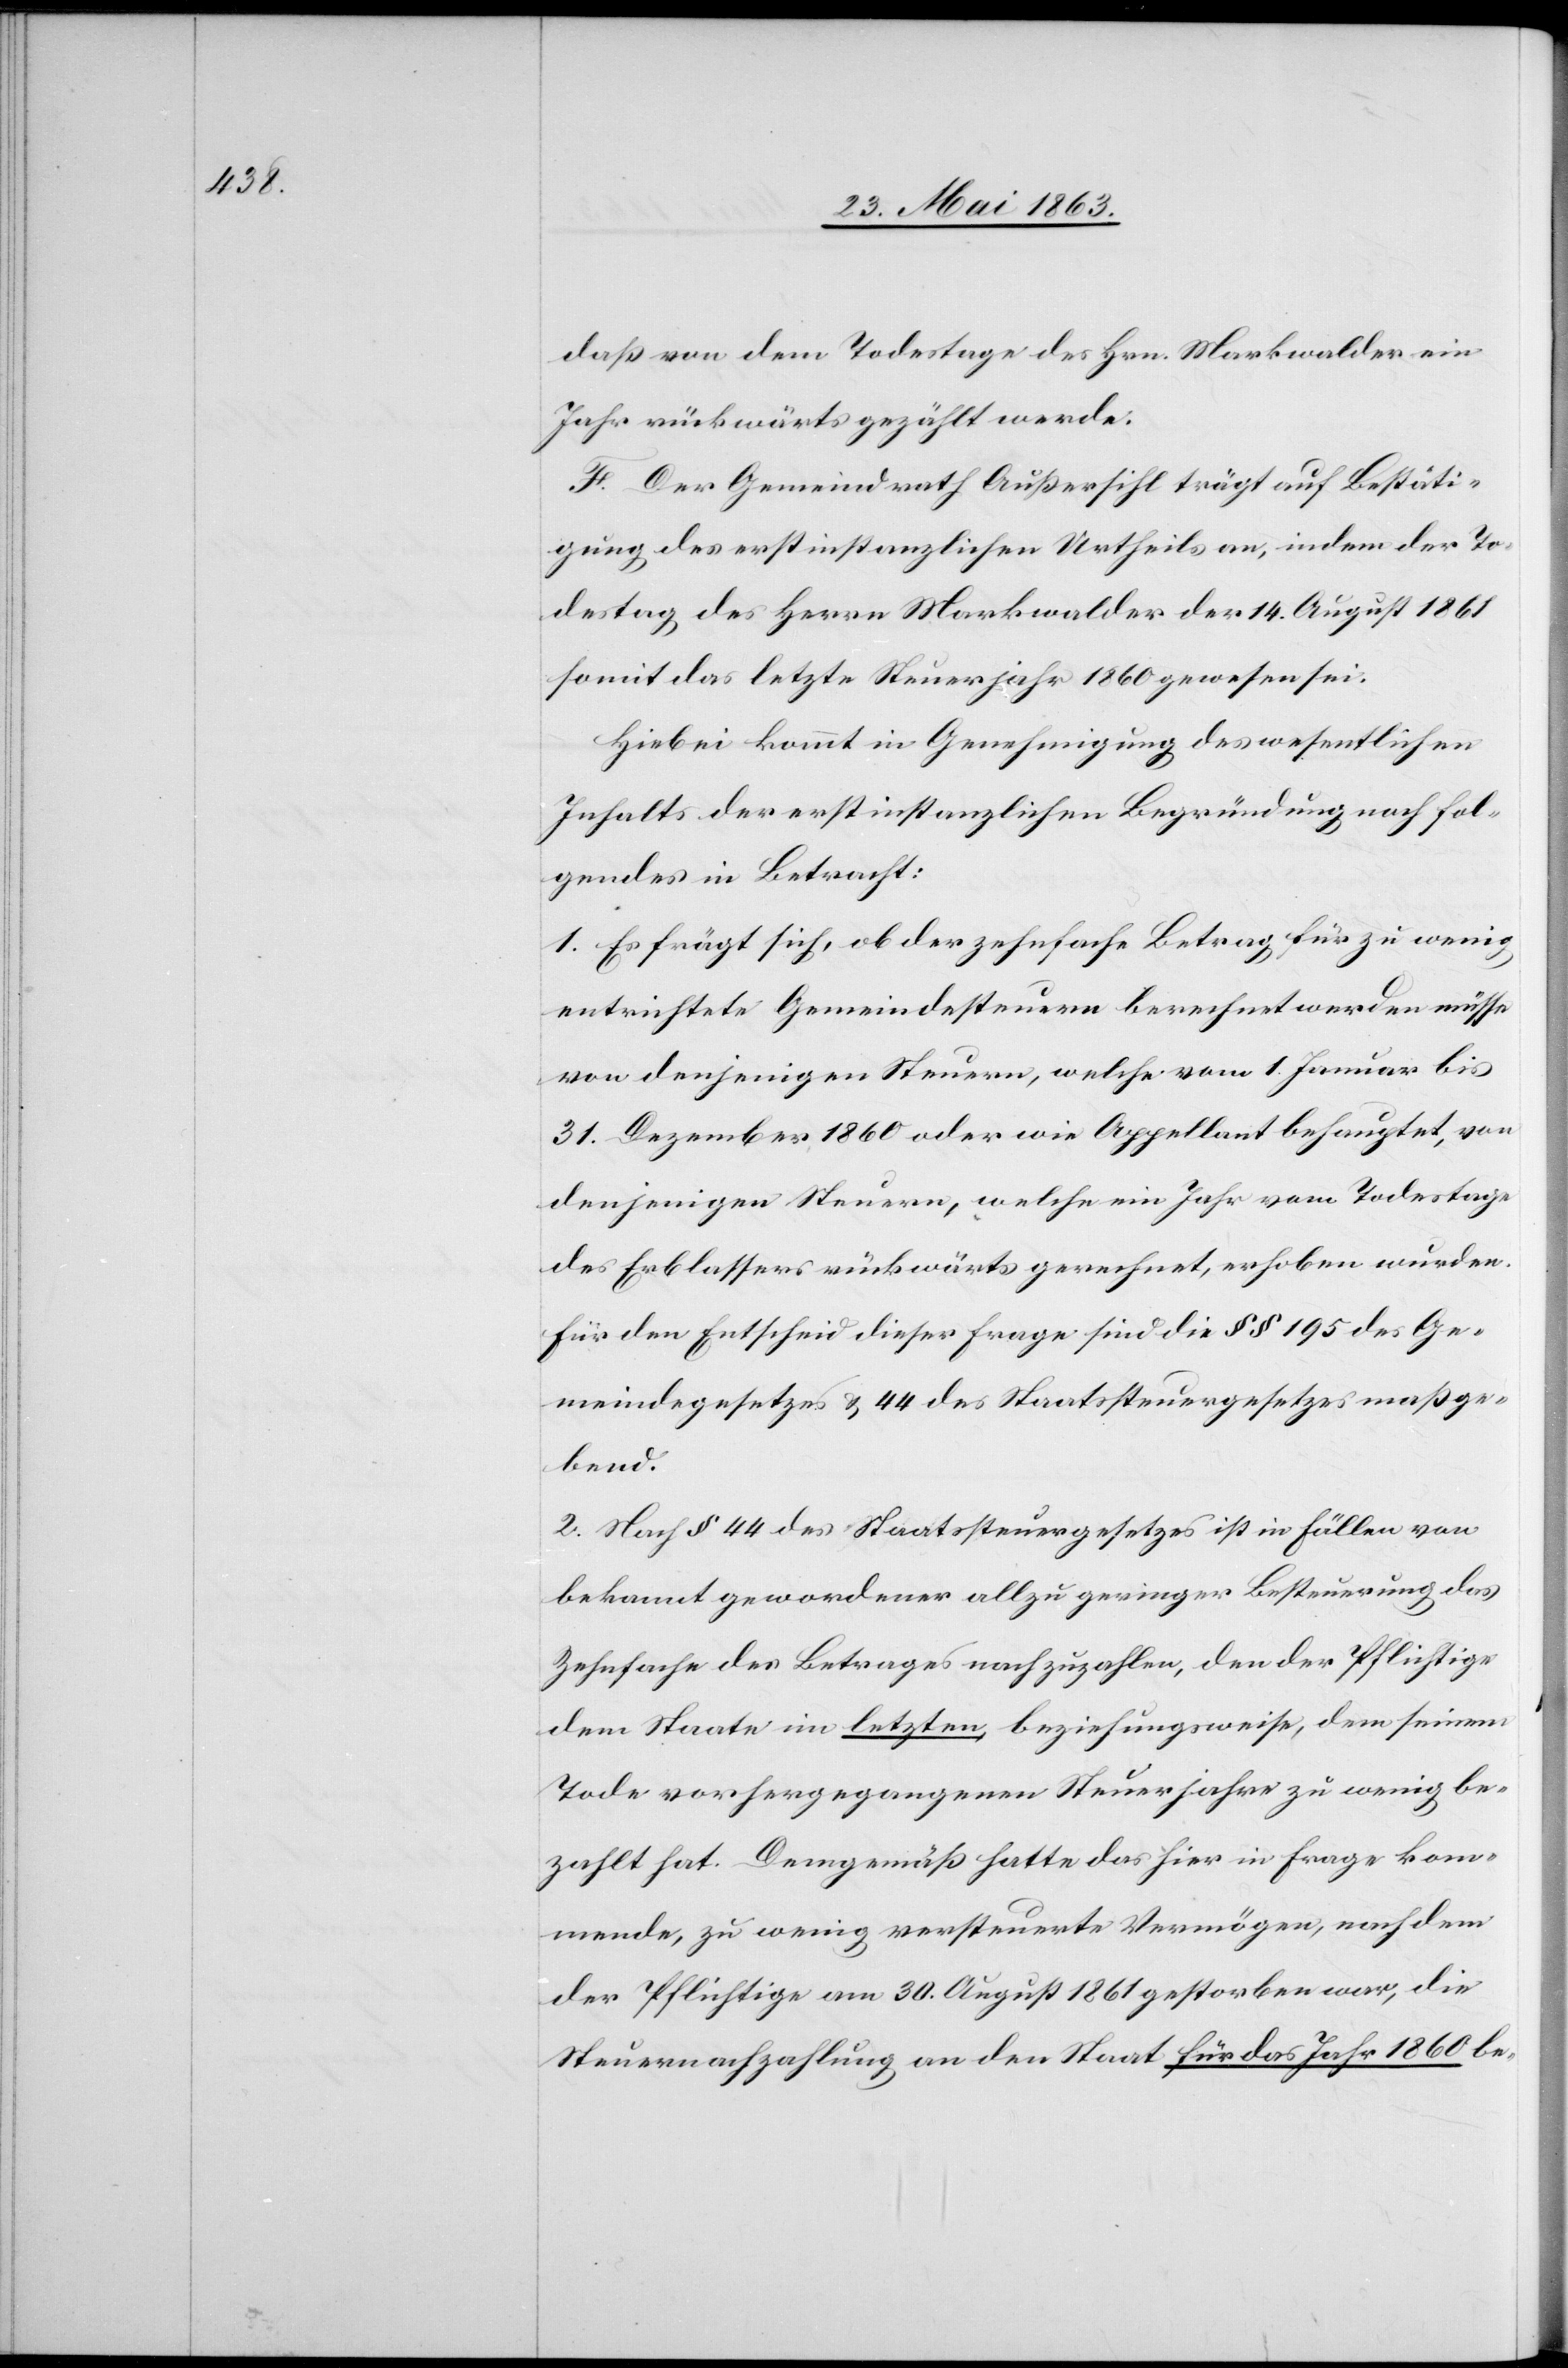
daß von dem Todestage des Hrn. Markwalder ein
Jahr rückwärts gezählt werde.
F. Der Gemeindrath Außersihl trägt auf Bestäti¬
gung des erstinstanzlichen Urtheils an, indem der To¬
destag des Herrn Markwalder der 14. August 1861
somit das letzte Steuerjahr 1860 gewesen sei.
Hiebei kommt in Genehmigung des wesentlichen
Inhalts der erstinstanzlichen Begründung noch fol¬
gendes in Betracht:
1. Es frägt sich, ob der zehnfache Betrag für zu wenig
entrichtete Gemeindesteuern berechnet werden müsse
von denjenigen Steuern, welche vom 1. Januar bis
31. Dezember 1860 oder wie Appellant behauptet, von
denjenigen Steuern, welche ein Jahr vom Todestage
des Erblassers rückwärts gerechnet, erhoben wurden.
Für den Entscheid dieser Frage sind die §§ 195 des Ge¬
meindegesetzes & 44 des Staatssteuergesetzes maßge¬
bend.
2. Nach § 44 des Staatssteuergesetzes ist in Fällen von
bekannt gewordener allzu geringer Besteuerung das
Zehnfache des Betrages nachzuzahlen, den der Pflichtige
dem Staate im letzten, beziehungsweise, dem seinem
Tode vorhergegangenen Steuerjahre zu wenig be¬
zahlt hat. Demgemäß hatte das hier in Frage kom¬
mende, zu wenig versteuerte Vermögen, nach dem
der Pflichtige am 30. August 1861 gestorben war, die
Steuernachzahlung an den Staat für das Jahr 1860 be-